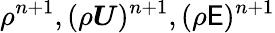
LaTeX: \rho^{n+1},(\rho\boldsymbol{U})^{n+1},(\rho\mathsf{E})^{n+1}